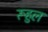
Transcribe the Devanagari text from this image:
रूहुल